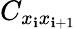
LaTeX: C_{x_{\mathbf{i}}x_{\mathbf{i}+1}}